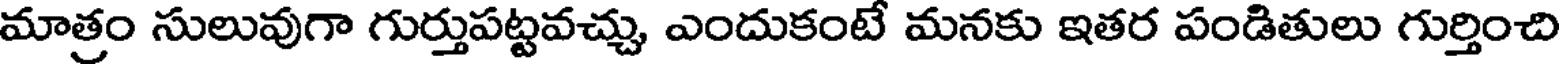
మాత్రం సులువుగా గుర్తుపట్టవచ్చు ఎందుకంటే మనకు ఇతర పండితులు గుర్తించి